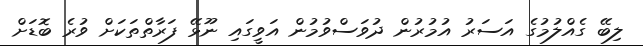
ލިބޭ ގެއްލުމުގެ އަސަރު އުމުރުން ދުވަސްވުމުން އަވީގައި ނޫޅޭ ފަރާތްތަކަށް ވުރެ ބޮޑަށް